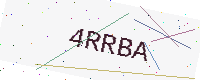
Text: 4RRBA